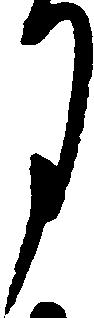
月